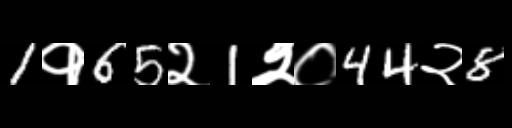
Text: 1१65२1२०44२8